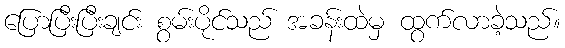
ပြောပြီးပြီးချင်း စွမ်းပိုင်သည် အခန်းထဲမှ ထွက်လာခဲ့သည်။